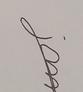
Signature authenticity: genuine